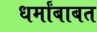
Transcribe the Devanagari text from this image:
धर्मांबाबत